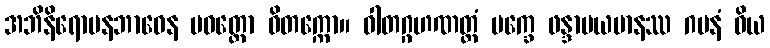
အဘိနိရောပနဘာဝေန ပဝတ္တော ဝိတက္ကော။ ဝါတဂ္ဂဟဏတ္ထံ ပက္ခေ ဖန္ဒာပယမာနဿ ဂမနံ ဝိယ